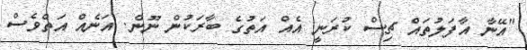
"އޭނާ އާފަލުތައް ޗިސް ކުރަނީ އެއް އަތުގެ ބާރަކުން ނޫން. އަނެއް އަތްވެސް